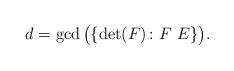
LaTeX: \begin{align*}d=\gcd\big(\{\det(F) \colon F \ E \}\big) . \end{align*}